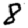
Digit: 8